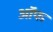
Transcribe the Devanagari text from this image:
ऑफ